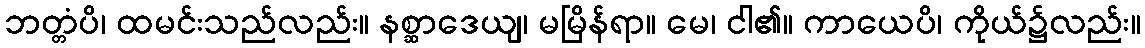
ဘတ္တံပိ၊ ထမင်းသည်လည်း။ နစ္ဆာဒေယျ၊ မမြိန်ရာ။ မေ၊ ငါ၏။ ကာယေပိ၊ ကိုယ်၌လည်း။